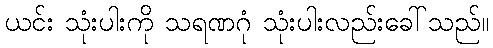
ယင်း သုံးပါးကို သရဏဂုံ သုံးပါးလည်းခေါ်သည်။